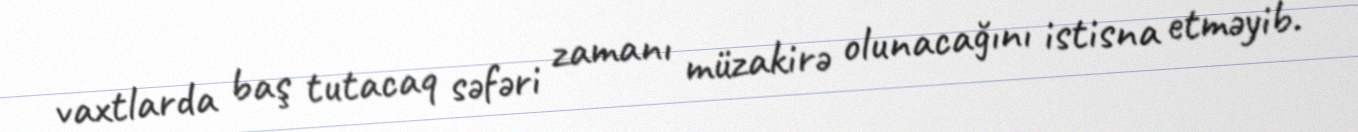
vaxtlarda baş tutacaq səfəri zamanı müzakirə olunacağını istisna etməyib.